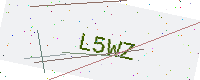
Text: L5WZ